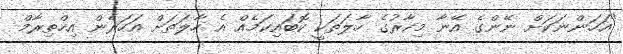
"އަހަންނަކަށް ނޭންގެ އޭނާ މިހާރުގެ ހާލަތަކީ ކޮބައިކަމެއް އެ ހާލަތަށް އަހަރެން އިހްތިރާމް